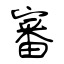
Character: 審